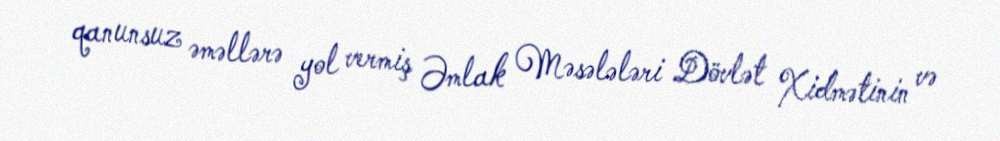
qanunsuz əməllərə yol vermiş Əmlak Məsələləri Dövlət Xidmətinin və